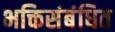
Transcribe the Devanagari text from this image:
भक्तिसंबंधित